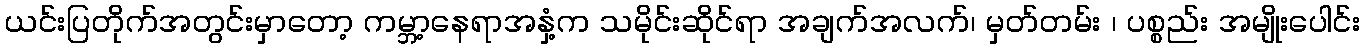
ယင်းပြတိုက်အတွင်းမှာတော့ ကမ္ဘာ့နေရာအနှံ့က သမိုင်းဆိုင်ရာ အချက်အလက်၊ မှတ်တမ်း ၊ ပစ္စည်း အမျိုးပေါင်း